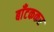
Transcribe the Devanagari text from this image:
बाँटककर